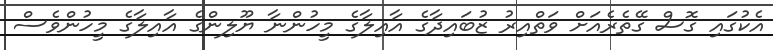
އެކުގައި ގޮސް ގޭތެރެއަށް ވަތްއިރު ޒުބައިދާގެ އާއިލާގެ މީހުންނާ ޔޫލިންގެ އާއިލާގެ މީހުންވެސް